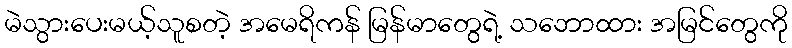
မဲသွားပေးမယ့်သူစတဲ့ အမေရိကန် မြန်မာတွေရဲ့ သဘောထား အမြင်တွေကို